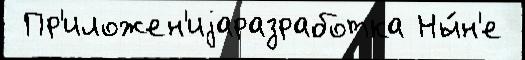
 Пр'иложен'иjаразработка Ны́н'е